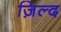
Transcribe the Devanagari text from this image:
ज़िल्द